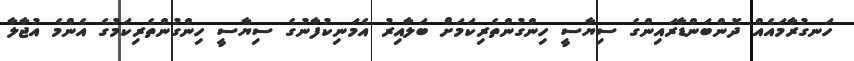
ހަނގުރާމައެއް ދޮންބަންޑާރައިންގެ ސިޔާސީ ހިންގުންތެރިކަމަށް ބަލާއިރު އެމަނިކުފާނުގެ ސިޔާސީ ހިންގުންތެރިކަމުގެ އެންމެ އުޖާލާ